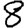
Digit: 8